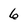
Character: 6